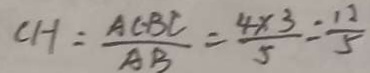
C H = \frac { A C - B C } { A B } = \frac { 4 \times 3 } { 5 } = \frac { 1 2 } { 5 }